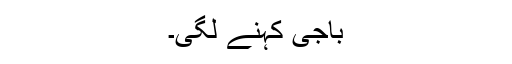
باجی کہنے لگی۔